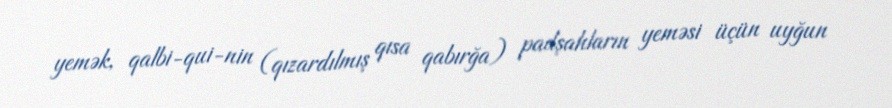
yemək, qalbi-qui-nin (qızardılmış qısa qabırğa) padşahların yeməsi üçün uyğun